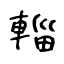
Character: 輜